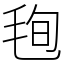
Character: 毥